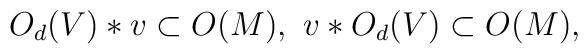
O_d (V) * v \subset O(M),\,\,v * O_d (V)  \subset O(M),